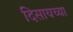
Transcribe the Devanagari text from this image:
दिसायच्या